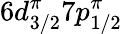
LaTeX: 6d_{3/2}^{\pi}7p_{1/2}^{\pi}